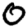
Digit: 0